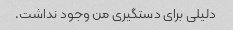
دلیلی برای دستگیری من وجود نداشت.